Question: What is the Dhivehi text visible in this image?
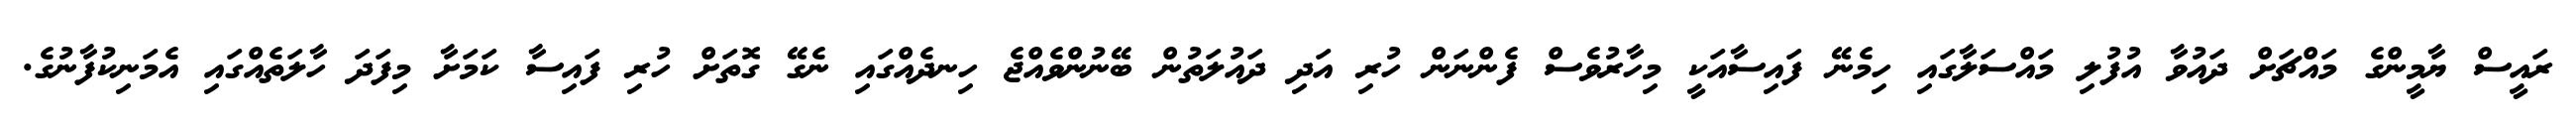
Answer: ރައީސް ޔާމީންގެ މައްޗަށް ދައުވާ އުފުލި މައްސަލާގައި ހިމެނޭ ފައިސާއަކީ މިހާރުވެސް ފެންނަން ހުރި އަދި ދައުލަތުން ބޭނުންވެއްޖެ ހިނދެއްގައި ނެގޭ ގޮތަށް ހުރި ފައިސާ ކަމަށާ މިފަދަ ހާލަތެއްގައި އެމަނިކުފާނުގެ.